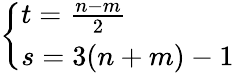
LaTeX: \left\{ \begin{array}{ll}{{t=\frac{n-m}{2}}}\\ {{s=3(n+m)-1}}\end{array}\right.